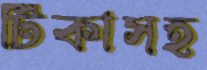
টিকাসহ